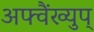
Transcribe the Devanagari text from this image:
अफ्वैंख्युप्